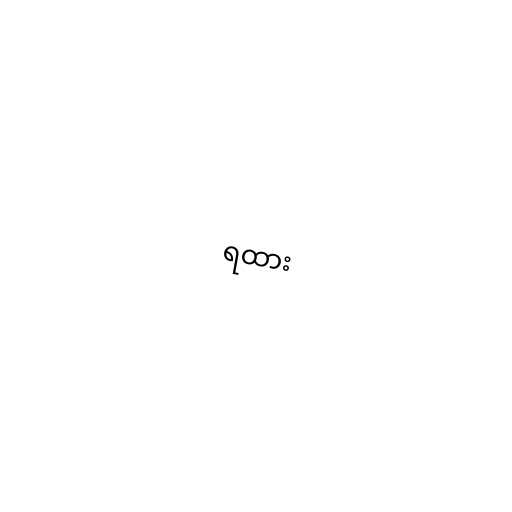
ရထား